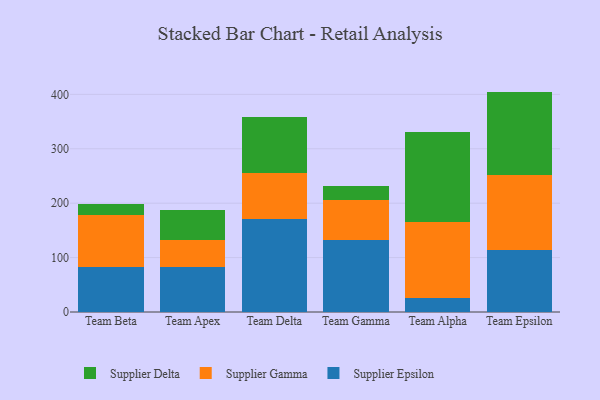
{"axis": {"x": "Team", "y": "Revenue (USD Million)"}, "legend": ["Supplier Delta", "Supplier Epsilon", "Supplier Gamma"], "data": [{"x": "Team Beta", "y": 82.3, "type": "Supplier Epsilon"}, {"x": "Team Beta", "y": 95.4, "type": "Supplier Gamma"}, {"x": "Team Beta", "y": 21.0, "type": "Supplier Delta"}, {"x": "Team Apex", "y": 82.0, "type": "Supplier Epsilon"}, {"x": "Team Apex", "y": 51.0, "type": "Supplier Gamma"}, {"x": "Team Apex", "y": 55.2, "type": "Supplier Delta"}, {"x": "Team Delta", "y": 171.3, "type": "Supplier Epsilon"}, {"x": "Team Delta", "y": 84.9, "type": "Supplier Gamma"}, {"x": "Team Delta", "y": 102.4, "type": "Supplier Delta"}, {"x": "Team Gamma", "y": 131.8, "type": "Supplier Epsilon"}, {"x": "Team Gamma", "y": 73.6, "type": "Supplier Gamma"}, {"x": "Team Gamma", "y": 26.9, "type": "Supplier Delta"}, {"x": "Team Alpha", "y": 25.8, "type": "Supplier Epsilon"}, {"x": "Team Alpha", "y": 139.3, "type": "Supplier Gamma"}, {"x": "Team Alpha", "y": 165.1, "type": "Supplier Delta"}, {"x": "Team Epsilon", "y": 113.2, "type": "Supplier Epsilon"}, {"x": "Team Epsilon", "y": 138.4, "type": "Supplier Gamma"}, {"x": "Team Epsilon", "y": 153.5, "type": "Supplier Delta"}]}